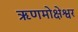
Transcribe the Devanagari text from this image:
ऋणमोक्षेश्वर